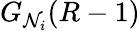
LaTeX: G_{\mathcal{N}_{i}}(R-1)